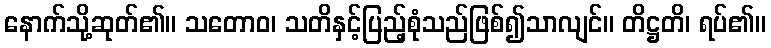
နောက်သို့ဆုတ်၏။ သတောဝ၊ သတိနှင့်ပြည့်စုံသည်ဖြစ်၍သာလျင်။ တိဋ္ဌတိ၊ ရပ်၏။